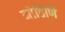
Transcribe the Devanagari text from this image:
मोहिणि